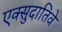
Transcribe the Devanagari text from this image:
एक्सुदातिवे